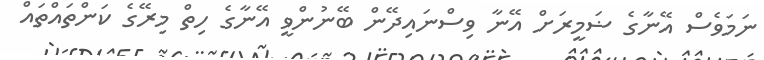
ނަމަވެސް އޭނާގެ ޟަމީރަށް އޭނާ ވިސްނައިދޭން ބޭނުންވީ އޭނާގެ ހިތް މިރޭގެ ކަންތައްތައް